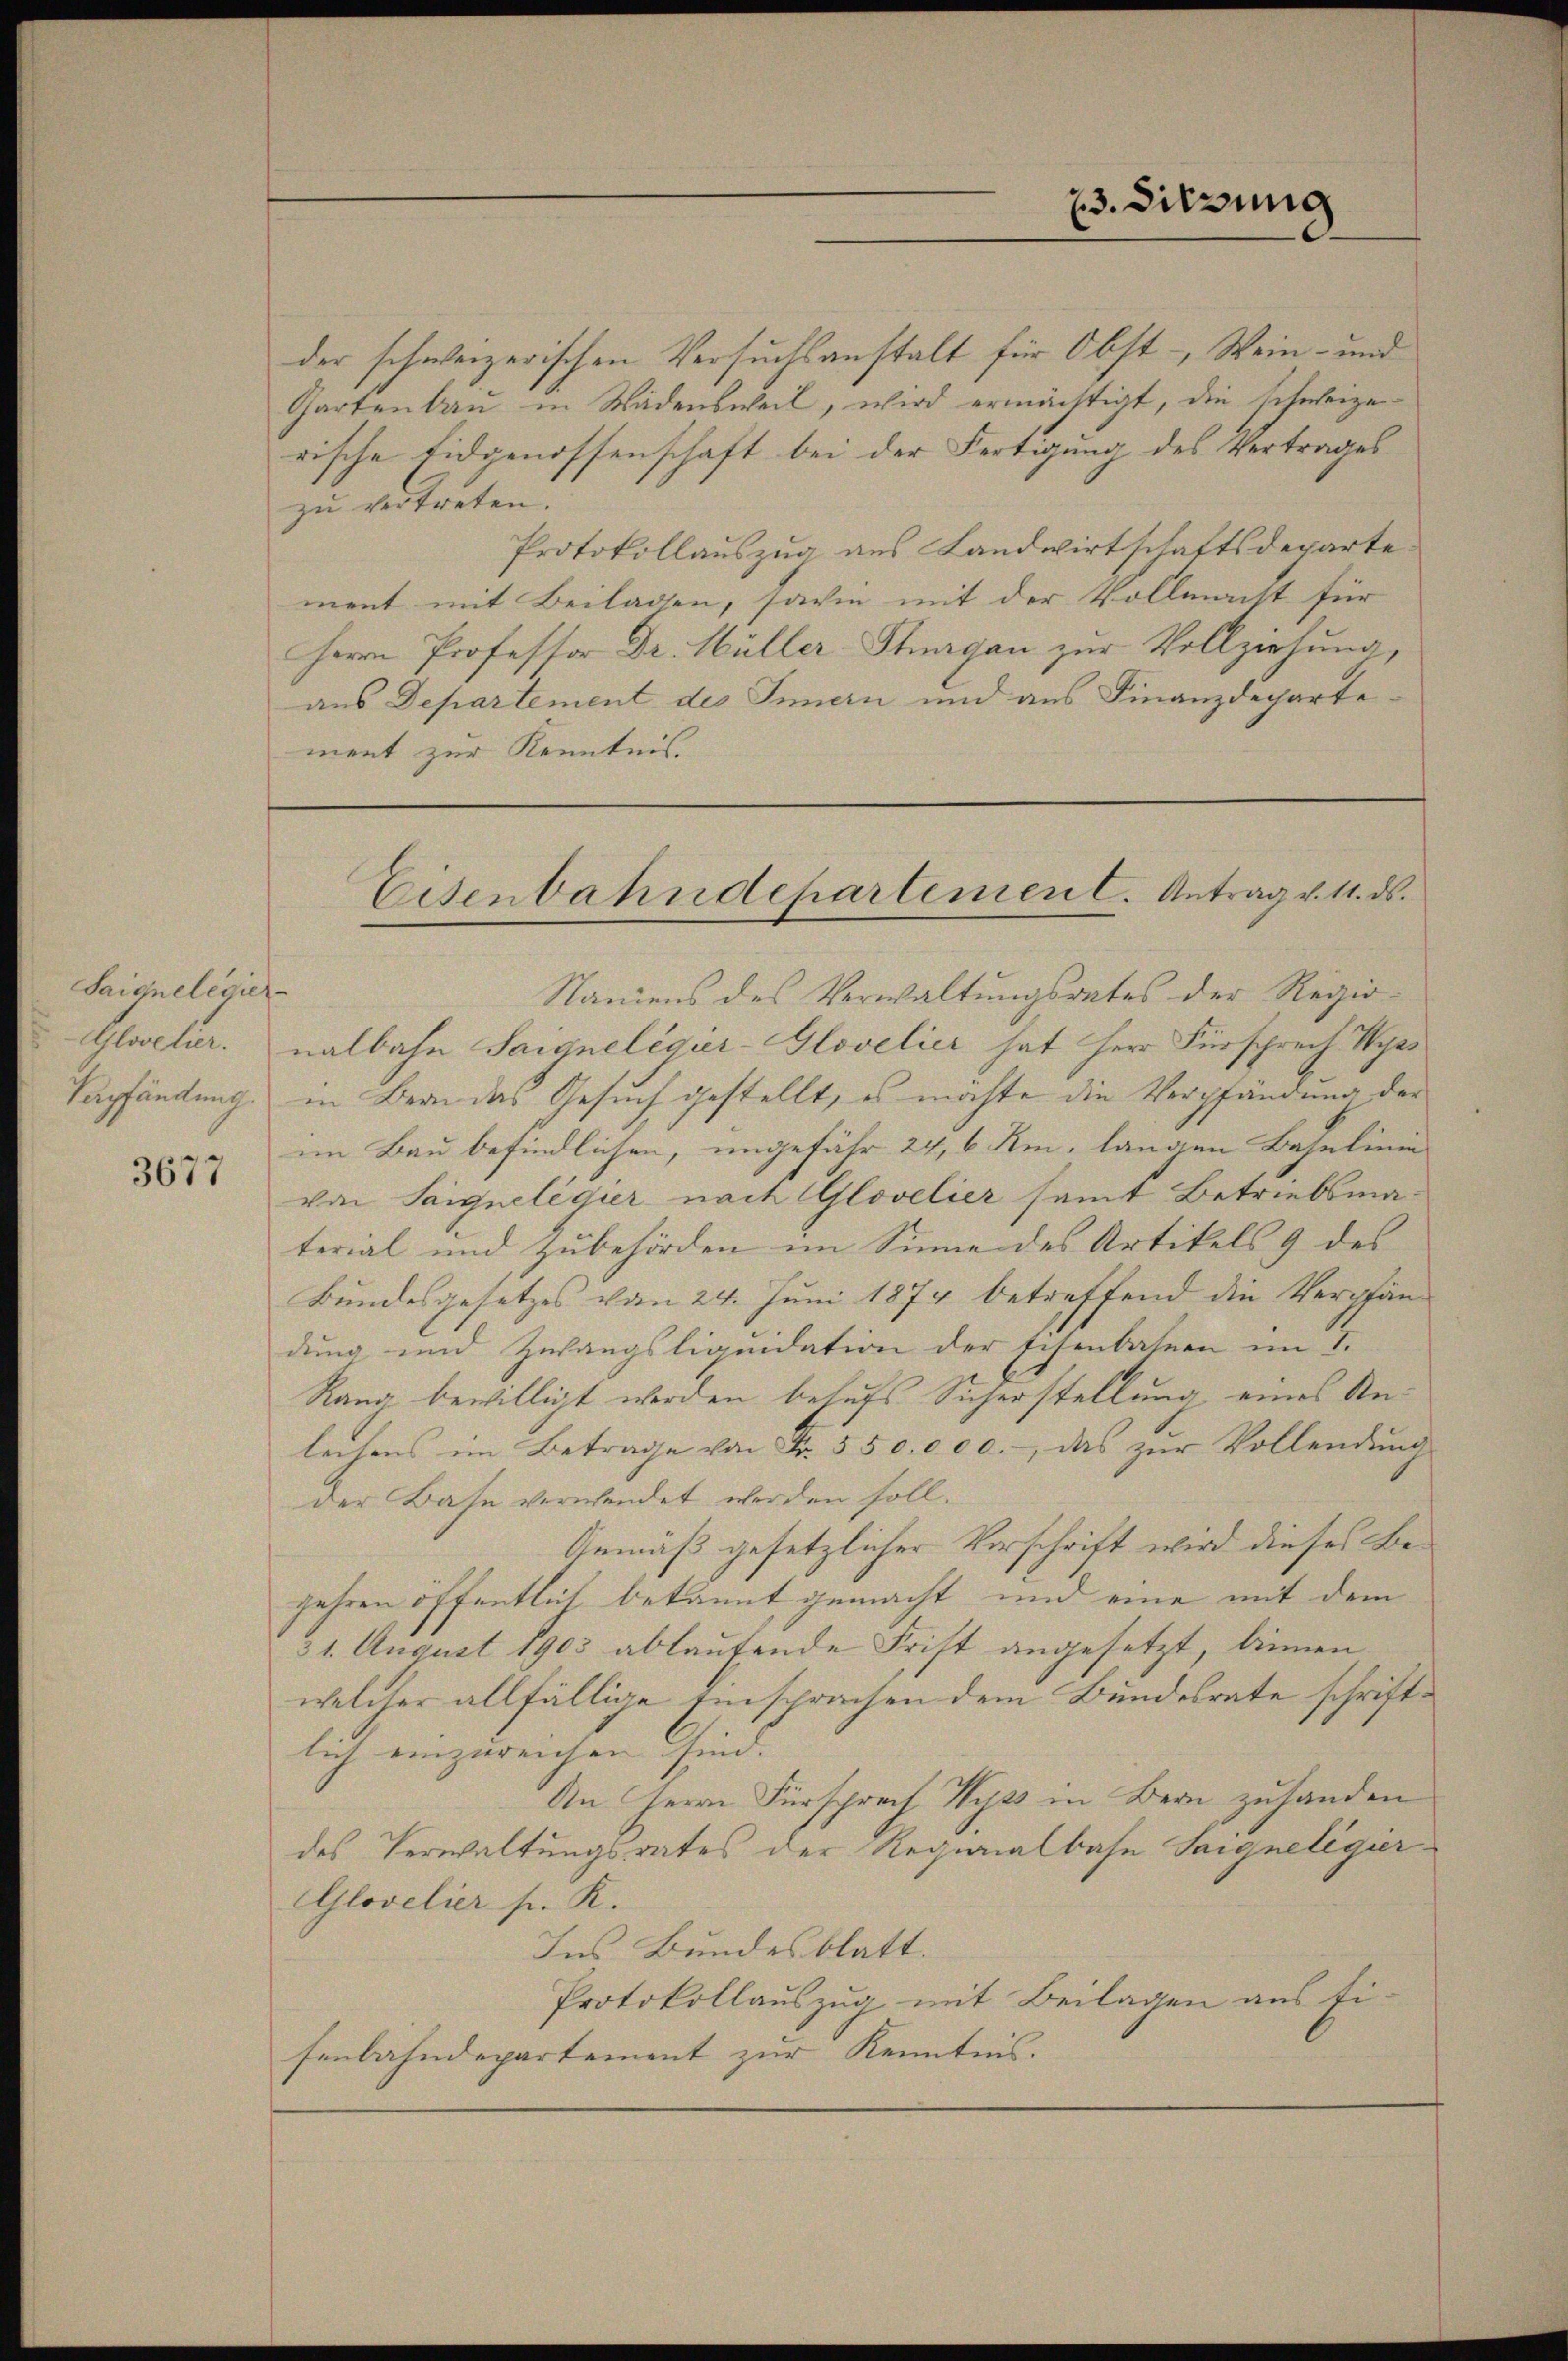
Saignelegier
Glocker.
Sapfändung.

3677

der schweizerischen Versuchsanstalt für Obst- Wein- und
Gartenbau in Wädensweil, wird ermächtigt, die schweizerische Eidgenossenschaft bei der Fertigung des Vertrages
zu vertreten.
Protokollauszug aus Landwirtschaftsdeparte
ment mit Beilagen, sowie mit der Vollmacht für
Herrn Professor Dr. Müller Stuagan zur Vollziehung,
aus Departement des Innern und aus Finanzdepartement zur Kenntnis.

23. Sitzung

Eisenbahndepartemen C. Antrag v. 11. ds.

Namens des Verwaltungsrates der Regienalbahn Saigneligier-Glovelier hat Herr Fürsprech Wys
in Bern das Gesuch gestellt, es möchte die Verpfändung der
im Bau befindlichen, ungefähr 24, 6 Rm, langen Bahnlinie
von Saigneligier nach Glovelier samt Betriebsmaterial und Zubehörden im Sinne des Artikels 9 des
Bundesgesetzes vom 24. Juni 1874 betreffend die Verpfän-
dung und Zwangsliquidation der schenbahnen im I.
Rana bewilligt werden behufs Sicherstellung eines Anlechens im Betrage von Fr. 550.000. das zŭr Vollendŭng
der Bahn verwendet werden soll.
Gemäß gesetzlicher Vorschrift wird dieses Bejahren öffentlich bekannt gemacht und eine mit dem
31. August 1903 ablautende Frist angesetzt, binnen
welcher allfällige Einsprachen dem Bundesrate schriftlich einzureichen sind. |
An Herrn Fürsprech Wyss in Bern zuhanden
des Verwaltungsrates der Regionalbahn Sargneligier
Glovelier p. K.
Ins Bundesblatt.
Protokollauszug mit Beilagen aus fi-
senbahndepartement zur Kenntnis.